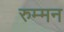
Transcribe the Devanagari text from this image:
रुम्मन